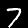
Digit: 7